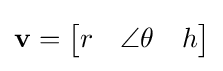
\mathbf {v} ={\begin{bmatrix}r&\angle \theta &h\end{bmatrix}}